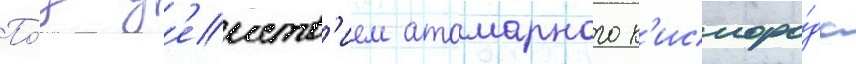
По́д д'еиств'ием атомарного к'ислоро́да